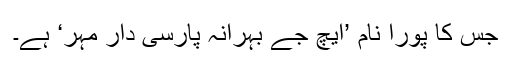
جس کا پورا نام ’ایچ جے بہرانہ پارسی دار مہر‘ ہے۔